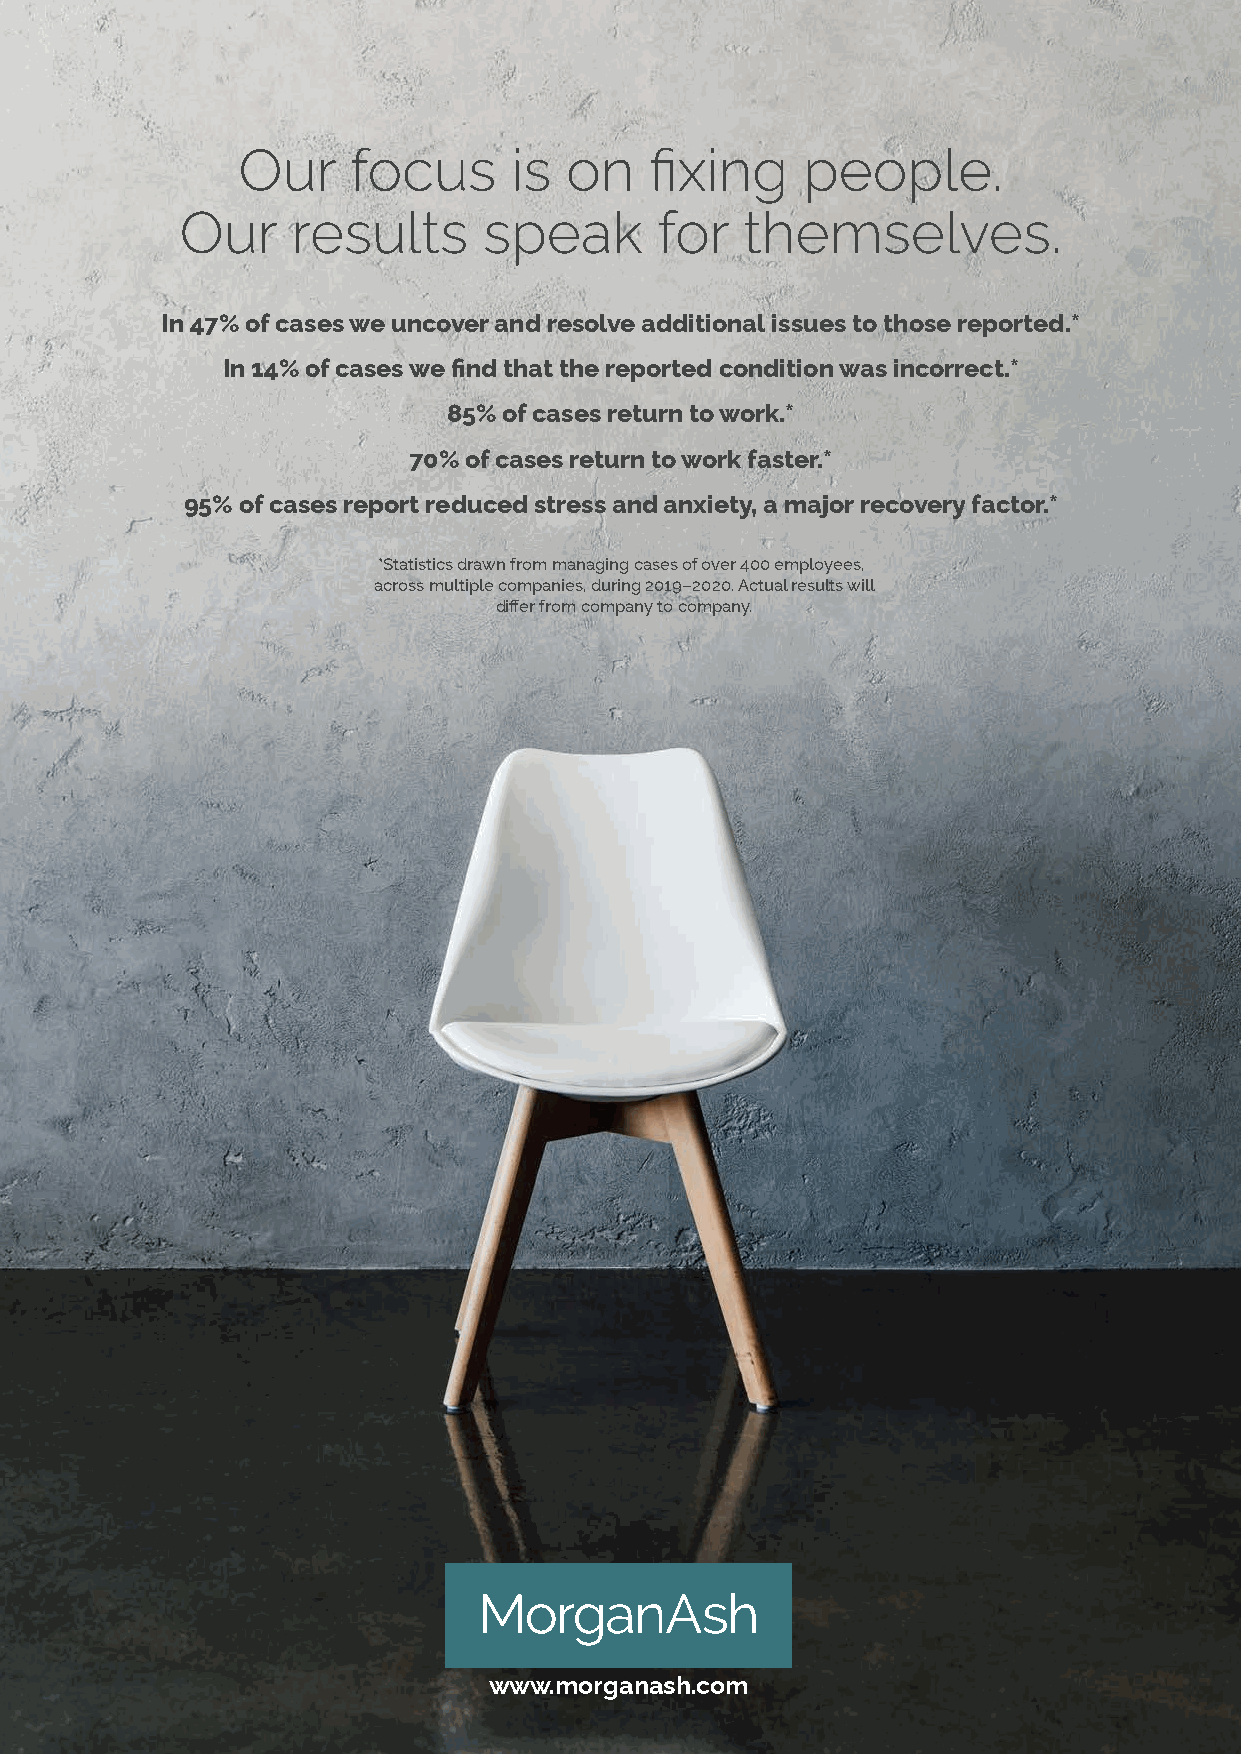
Our    focus      is on    fixing    people.
 Our    results      speak       for  themselves.
 In 47% of cases we uncover and resolve additional issues to those reported.*
 In 14% of cases we find that the reported condition was incorrect.*
 85% of cases return to work.*
 70% of cases return to work faster.*
 95% of cases report reduced stress and anxiety, a major recovery factor.*
 *Statistics drawn from managing cases of over 400 employees,
 across multiple companies, during 2019–2020. Actual results will
 differ from company to company.
 www.morganash.com